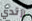
أرتدي